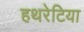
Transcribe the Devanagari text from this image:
हथरेटिया